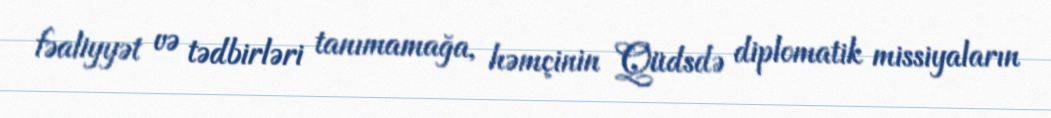
fəaliyyət və tədbirləri tanımamağa, həmçinin Qüdsdə diplomatik missiyaların